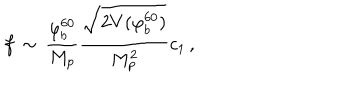
LaTeX: f \, \sim \, { \frac { \varphi _ { b } ^ { 6 0 } } { M _ { p } } } { \frac { \sqrt { 2 V ( \varphi _ { b } ^ { 6 0 } ) } } { M _ { p } ^ { 2 } } } c _ { 1 } \, ,